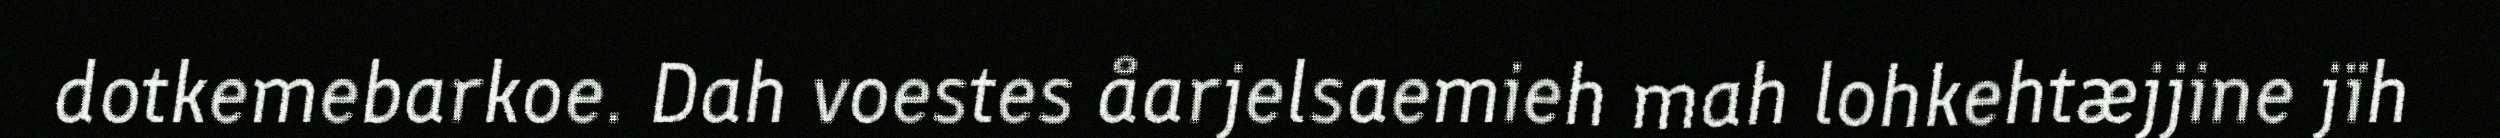
dotkemebarkoe. Dah voestes åarjelsaemieh mah lohkehtæjjine jïh